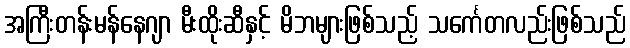
အကြီးတန်းမန်နေဂျာ မီးထိုးဆီနှင့် မိဘများဖြစ်သည့် သင်္ကေတလည်းဖြစ်သည်